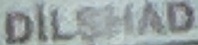
DILSHAD